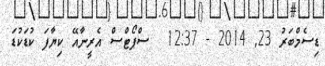
ޑިސެމްބަރު 23